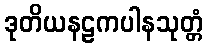
ဒုတိယနဠကပါနသုတ္တံ